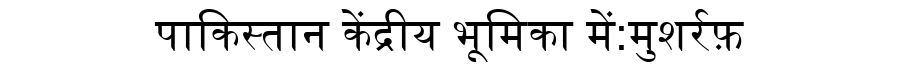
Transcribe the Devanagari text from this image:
पाकिस्तान केंद्रीय भूमिका में:मुशर्रफ़